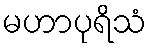
မဟာပုရိသံ